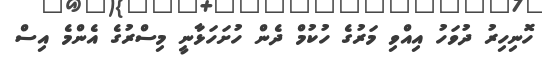
ހޮނިހިރު ދުވަހު އިއްވި މަރުގެ ހުކުމް ދެން ހުށަހަޅާނީ މިސްރުގެ އެންމެ އިސް